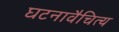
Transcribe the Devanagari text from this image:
घटनावैचित्य